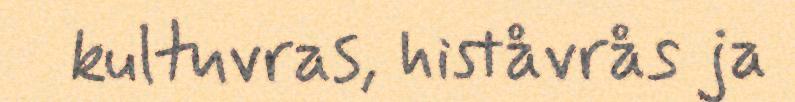
kultuvras, histåvrås ja